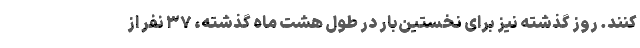
کنند. روز گذشته نیز برای نخستین‌بار در طول هشت ماه گذشته، ۳۷ نفر از